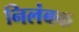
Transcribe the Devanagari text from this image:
निलंबक